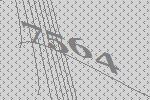
7564